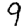
Digit: 9